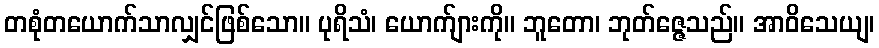
တစုံတယောက်သာလျှင်ဖြစ်သော။ ပုရိသံ၊ ယောက်ျားကို။ ဘူတော၊ ဘုတ်ဇ္ဇေသည်။ အာဝိသေယျ၊